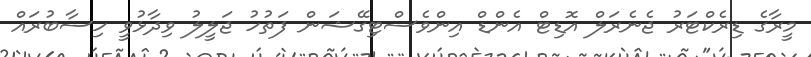
މީރާގެ ޑިރެކްޓަރު ޖެނެރަލް އޮޑިޓް އެންޑް އިންވެސްޓިގޭޝަން ފަތުހު ޖަލީލު ވިދާޅުވީ ހިސާބުރައް